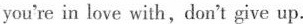
you're in love with,don't give up.